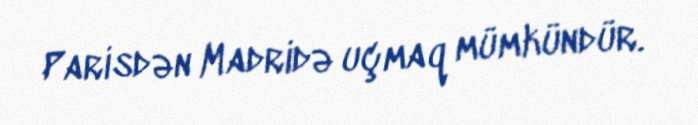
Parisdən Madridə uçmaq mümkündür.